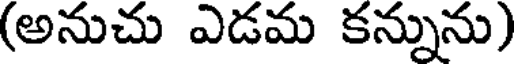
(అనుచు ఎడమ కన్నును)